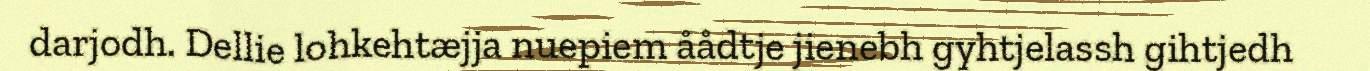
darjodh. Dellie lohkehtæjja nuepiem åådtje jienebh gyhtjelassh gihtjedh